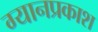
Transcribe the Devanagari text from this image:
ग्यानप्रकाश